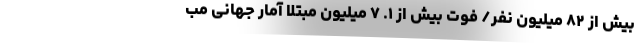
بیش از ۸۲ میلیون نفر/ فوت بیش از ۱. ۷ میلیون مبتلا آمار جهانیِ مب